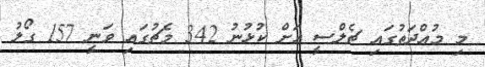
މި މުއްދަތުގައި ޗެލްސީ އަށް ކުޅުނު 342 މެޗުގައި ވަނީ 157 ގޯލު